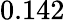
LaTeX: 0.142